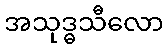
အသုဒ္ဓသီလော